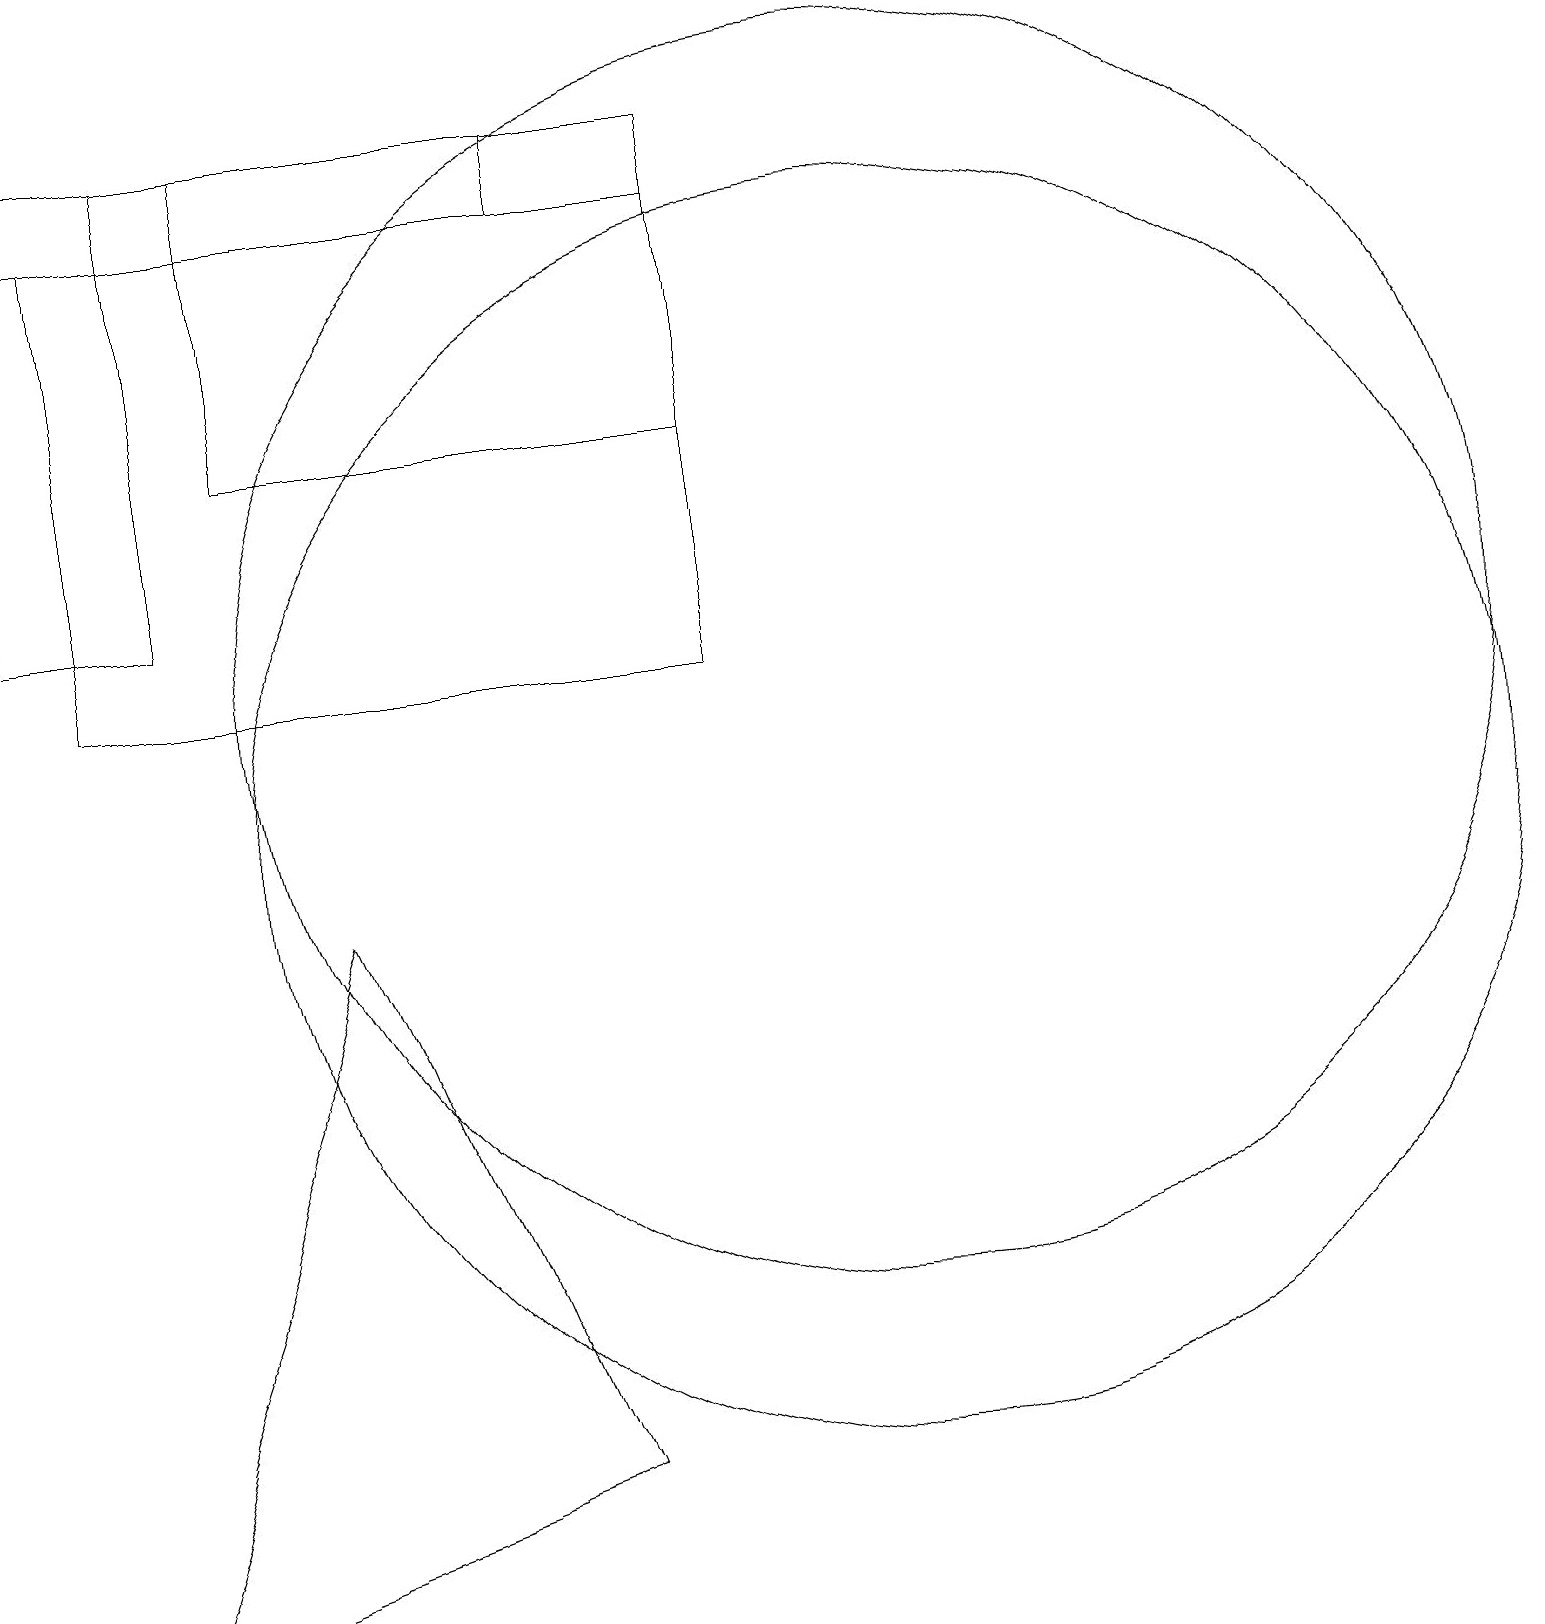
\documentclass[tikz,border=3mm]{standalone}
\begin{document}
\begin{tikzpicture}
\draw (9,15) rectangle (3,19);
\draw (2,13) rectangle (0,19);
\draw (7,19) rectangle (0,18);
\draw (11,10) circle (8);
\draw (11,12) circle (8);
\draw (4,9) -- (7,2) -- (1,0) -- cycle;
\draw (9,18) rectangle (1,12);
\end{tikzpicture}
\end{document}